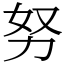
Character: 努